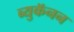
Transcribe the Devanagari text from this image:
ब्युकॅनन